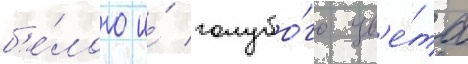
б'е́лого и́ голубо́го цв'е́та